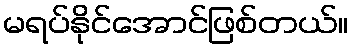
မရပ်နိုင်အောင်ဖြစ်တယ်။